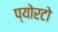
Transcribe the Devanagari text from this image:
प्योरटो